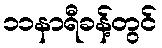
၁၁နာရီခန့်တွင်